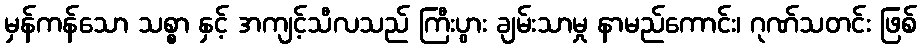
မှန်ကန်သော သစ္စာ နှင့် အကျင့်သီလသည် ကြီးပွား ချမ်းသာမှု နာမည်ကောင်း၊ ဂုဏ်သတင်း ဖြစ်